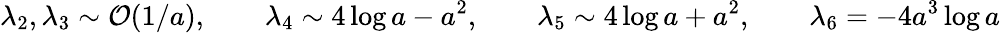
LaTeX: \lambda_{2},\lambda_{3}\sim{\cal O}(1/a),\qquad\lambda_{4}\sim 4\log a-a^{2},\qquad\lambda_{5}\sim 4\log a+a^{2},\qquad\lambda_{6}=-4a^{3}\log a